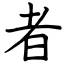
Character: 者